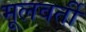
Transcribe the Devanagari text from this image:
मूलवर्ती